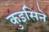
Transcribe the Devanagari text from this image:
कुइसिने